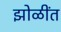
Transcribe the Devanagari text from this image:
झोळींत